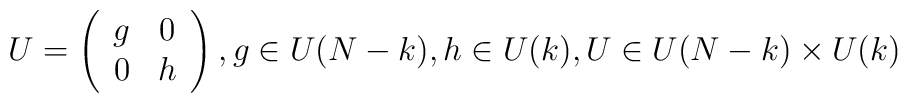
U=\left(\begin{array}{cc} g & 0 \\                                        0 & h \\ \end{array}\right) , g \in U(N-k), h\in U(k) , U \in U(N-k)\times U(k)